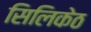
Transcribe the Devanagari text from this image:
सिलिकेठ